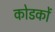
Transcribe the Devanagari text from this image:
कोडकों